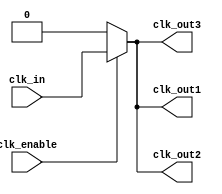
module low_power_clock_buffer (
    input wire clk_in,                  // Clock input
    input wire clk_enable,              // Clock enable signal
    output wire clk_out1,               // Output clock 1
    output wire clk_out2,               // Output clock 2
    output wire clk_out3                // Output clock 3
);

    // Internal signals
    wire clk_gated;                     // Gated clock signal
    wire clk_buf1, clk_buf2, clk_buf3;  // Buffered clock signals

    // Input Stage: Schmitt Trigger (simplified)
    // In practice, this should be implemented with a proper Schmitt trigger
    wire clk_in_sharp;
    assign clk_in_sharp = clk_in; // Placeholder for Schmitt trigger

    // Clock Gating Logic
    assign clk_gated = clk_enable ? clk_in_sharp : 1'b0;

    // Buffer Stage: Implementing simple buffers (can be optimized)
    assign clk_buf1 = clk_gated; // Buffer for output 1
    assign clk_buf2 = clk_gated; // Buffer for output 2
    assign clk_buf3 = clk_gated; // Buffer for output 3

    // Output Drivers (with reduced drive strength)
    // In practice, you should replace these with technology-specific buffers
    assign clk_out1 = clk_buf1;   // Output clock to external load 1
    assign clk_out2 = clk_buf2;   // Output clock to external load 2
    assign clk_out3 = clk_buf3;   // Output clock to external load 3

endmodule